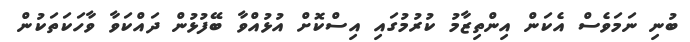
ބުނި ނަމަވެސް އެކަން އިންތިޒާމު ކުރުމުގައި އިސްކޮށް އުޅުއްވާ ބޭފުޅުން ދައްކަވާ ވާހަކަތަކުން